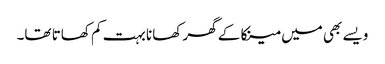
ویسے بھی میں مینکا کے گھر کھانا بہت کم کھاتا تھا۔